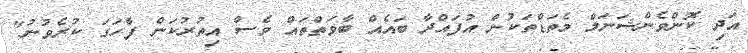
އަދި ކޮންވެންޝަނަލް މެތަޑްތަކުން އުފައްދާ ބައެއް ބާވަތްތައް ވެސް އިތުރުކަން ފާހަގަ ކުރެވުނު"